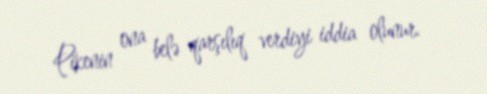
Pikenin ona belə qarşılıq verdiyi iddia olunur.